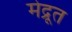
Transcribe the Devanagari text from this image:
मेद्रूत